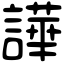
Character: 譁